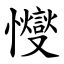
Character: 㦪